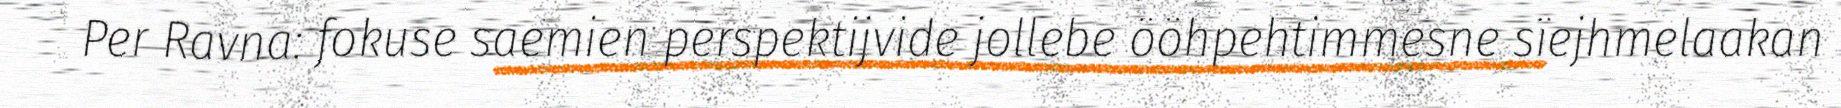
Per Ravna: fokuse saemien perspektijvide jollebe ööhpehtimmesne sïejhmelaakan